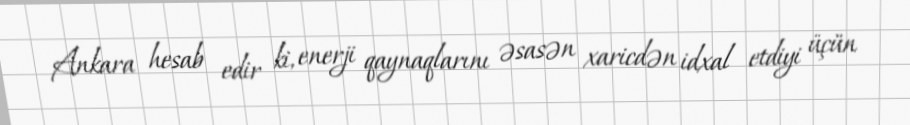
Ankara hesab edir ki, enerji qaynaqlarını əsasən xaricdən idxal etdiyi üçün